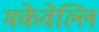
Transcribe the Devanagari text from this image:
मकेवेल्लि